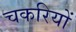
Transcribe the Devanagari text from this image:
चकरियों